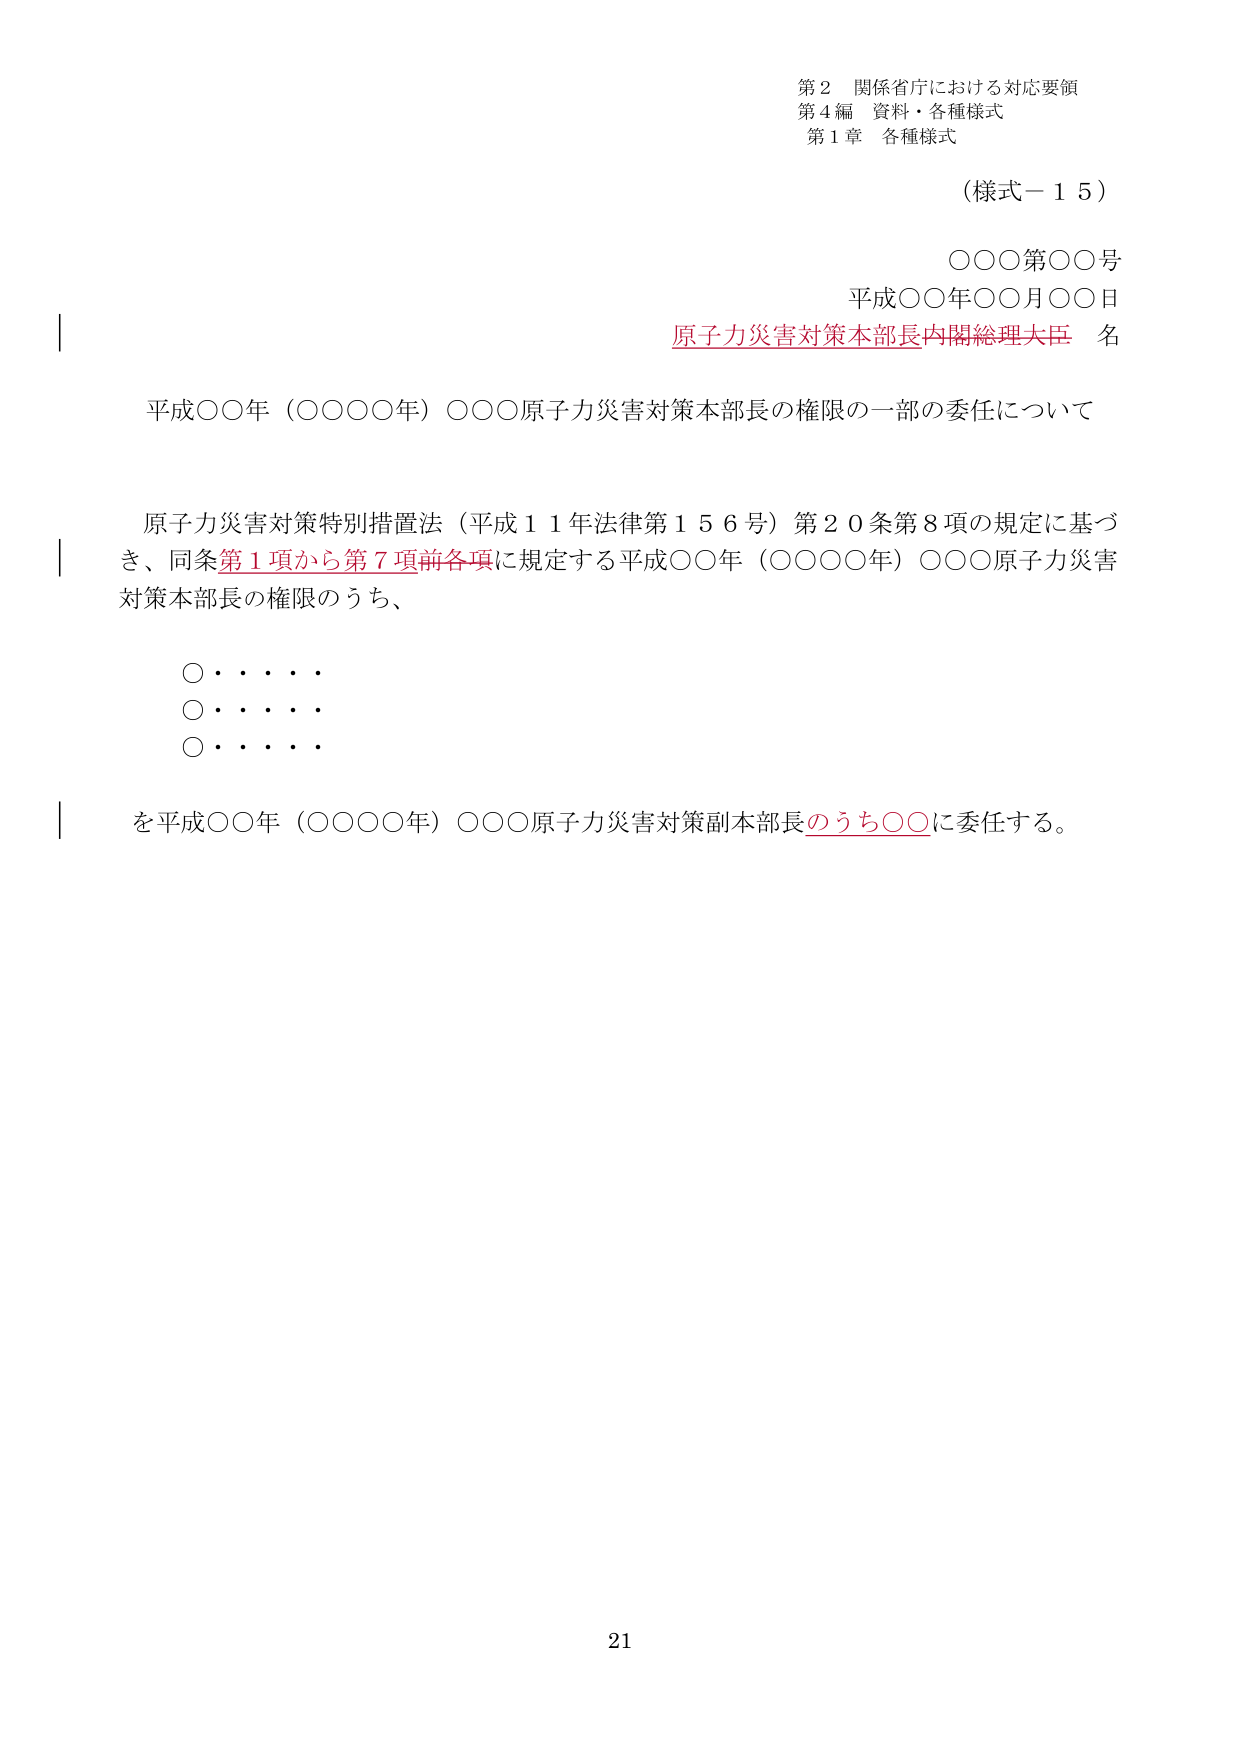
第２ 関係省庁における対応要領
第４編 資料・各種様式
第１章 各種様式

（様式－１５）

○○○第○○号
平成○○年○○月○○日
原子力災害対策本部長内閣総理大臣 名

平成○○年（○○○○年）○○○原子力災害対策本部長の権限の一部の委任について

原子力災害対策特別措置法（平成１１年法律第１５６号）第２０条第８項の規定に基づき、同条第１項から第７項前各項に規定する平成○○年（○○○○年）○○○原子力災害対策本部長の権限のうち、

○・・・・
○・・・・
○・・・・

を平成○○年（○○○○年）○○○原子力災害対策副本部長のうち○○に委任する。

21